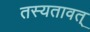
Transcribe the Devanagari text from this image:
तस्यतावत्